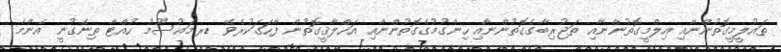
ތައުލީމީގޮތުންނާއި އިލްމީގޮތުންނާއި ތަޖުރިބާގެގޮތުންނާއި ހިންގުމުގެގޮތުންނާއި އަޚްލާޤީގޮތުން ފާހަގަކުރެވޭ ޑރ.މައުސޫމު ހުއްޓާ ތިނެގުނީ އެންމެ